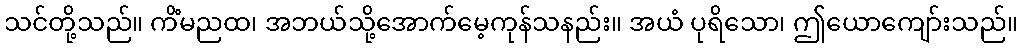
သင်တို့သည်။ ကိံမညထ၊ အဘယ်သို့အောက်မေ့ကုန်သနည်း။ အယံ ပုရိသော၊ ဤယောကျော်းသည်။